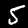
Label: 5